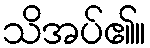
သိအပ်၏။